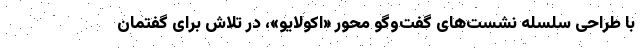
با طراحی سلسله نشست‌های گفت‌وگو محور «اِکولایو»، در تلاش برای گفتمان